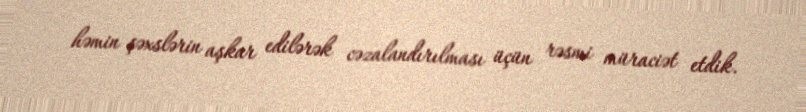
həmin şəxslərin aşkar edilərək cəzalandırılması üçün rəsmi müraciət etdik.